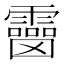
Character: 𩆒